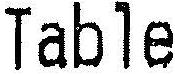
TABLE